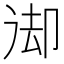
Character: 𠨙